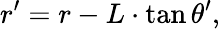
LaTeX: r^{\prime}=r-L\cdot\tan\theta^{\prime},